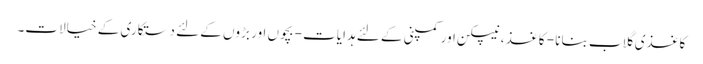
کاغذی گلاب بنانا - کاغذ ، نیپکن اور کمپنی کے لئے ہدایات - بچوں اور بڑوں کے لئے دستکاری کے خیالات۔